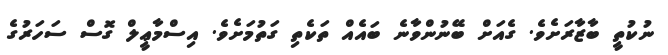
ނުކުތީ ބާޒާރަށެވެ. ގެއަށް ބޭނުންވާނެ ބައެއް ތަކެތި ގަތުމަށެވެ. އިސްމާޢީލް ގޮސް ސަހަރުގެ